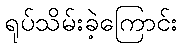
ရုပ်သိမ်းခဲ့ကြောင်း